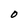
Character: O